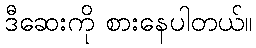
ဒီဆေးကို စားနေပါတယ်။